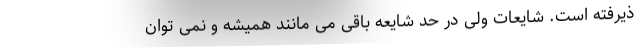
ذیرفته است. شایعات ولی در حد شایعه باقی می مانند همیشه و نمی توان